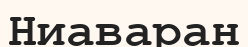
Ниаваран